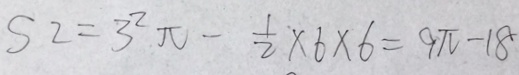
S _ { 2 } = 3 ^ { 2 } \pi - \frac { 1 } { 2 } \times 6 \times 6 = 9 \pi - 1 8